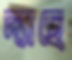
দ্যাছে